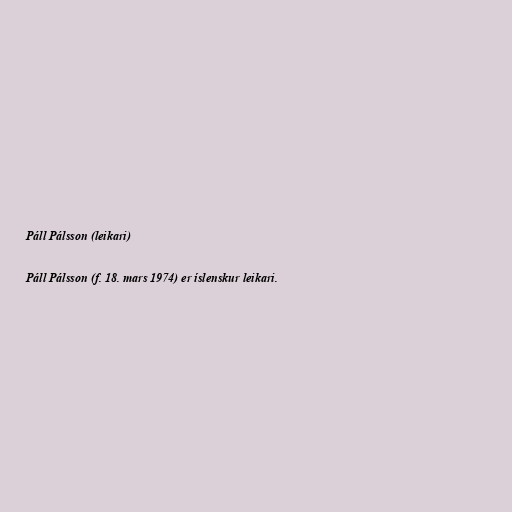
Páll Pálsson (leikari)

Páll Pálsson (f. 18. mars 1974) er íslenskur leikari.